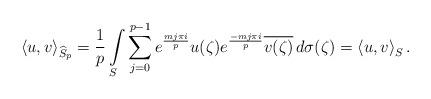
LaTeX: \begin{align*}\left\langle u,v\right\rangle_{ \widehat{S}_p }=\frac{1}{p} \int\limits_S \sum_{j=0}^{p-1}e^{\frac{mj\pi i}{p}}u( \zeta )e^{\frac{-mj\pi i}{p}}\overline{v( \zeta )}\,d\sigma (\zeta)=\left\langle u,v\right\rangle_S.\end{align*}